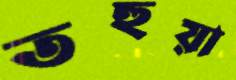
তহুয়া